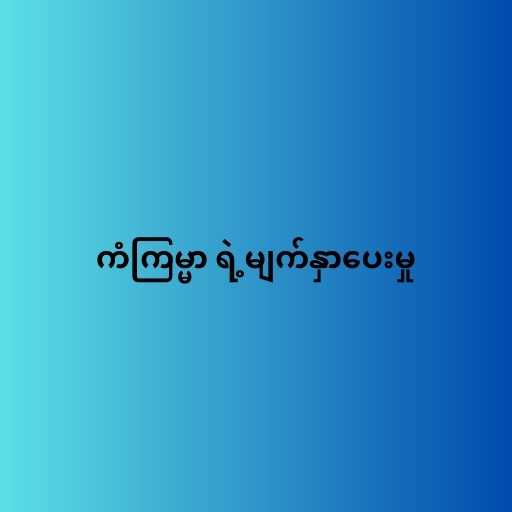
ကံကြမ္မာ ရဲ့မျက်နှာပေးမှု